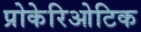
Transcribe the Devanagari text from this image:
प्रोकेरिओटिक